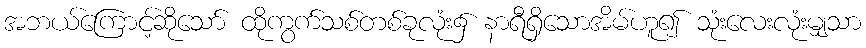
အဘယ်ကြောင့်ဆိုသော် ထိုကွက်သစ်တစ်ခုလုံး၌ နာရီရှိသောအိမ်ဟူ၍ သုံးလေးလုံးမျှသာ